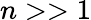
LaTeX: n>>1